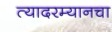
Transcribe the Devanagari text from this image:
त्यादरम्यानचा